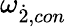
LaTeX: {\omega}_{\dot{2},con}